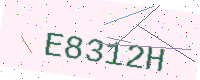
Text: E8312H